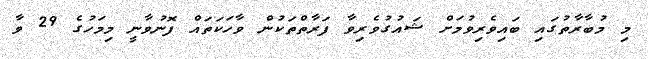
މި މުބާރާތުގައި ބައިވެރިވުމަށް ޝައުގުވެރިވާ ފަރާތްތަކުން ވާހަކަތައް ފޮނުވާނީ މިމަހުގެ 29 ވާ